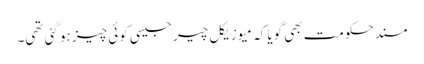
مسند حکومت بھی گویا کہ میوزیکل چیر جیسی کوئی چیز ہو گئی تھی۔